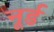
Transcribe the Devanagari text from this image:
नूर्ड